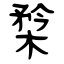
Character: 㮗